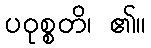
ပဝုစ္စတိ၊ ၏။